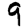
Digit: 9